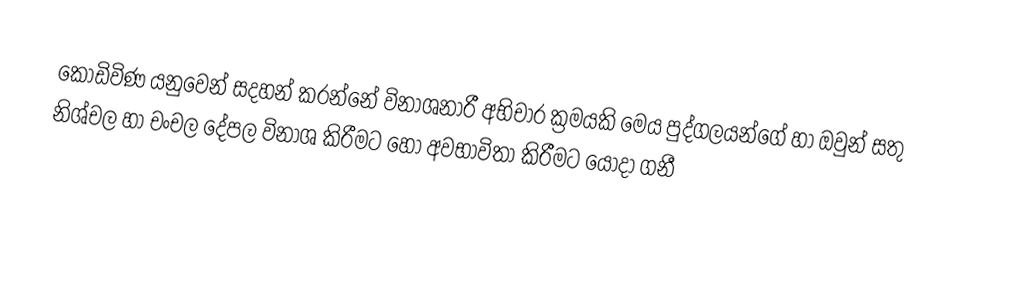
කොඩිවිණ යනුවෙන් සදහන් කරන්නේ විනාශනාරී අභිචාර ක්‍රමයකි මෙය පුද්ගලයන්ගේ හා ඔවුන් සතු නිශ්චල හා චංචල දේපල විනාශ කිරීමට හෝ අවභාවිතා කිරීමට යොදා ගනී